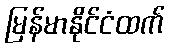
မြန်မာနိုင်ငံထက်